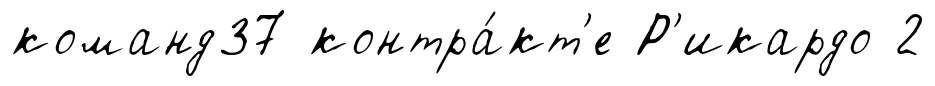
команд37 контра́кт'е Р'икардо 2